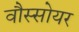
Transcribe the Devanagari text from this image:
वौस्सोयर